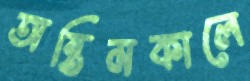
অন্তিমকালে